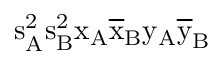
\mathrm { s _ { A } ^ { 2 } \mathrm { s _ { B } ^ { 2 } \mathrm { x _ { A } \mathrm { \overline { { x } } _ { B } \mathrm { y _ { A } \mathrm { \overline { { y } } _ { B } } } } } } }